Civil Veterinary Dept. Assam report 1927-50 - 1927-1950
Year: 1927
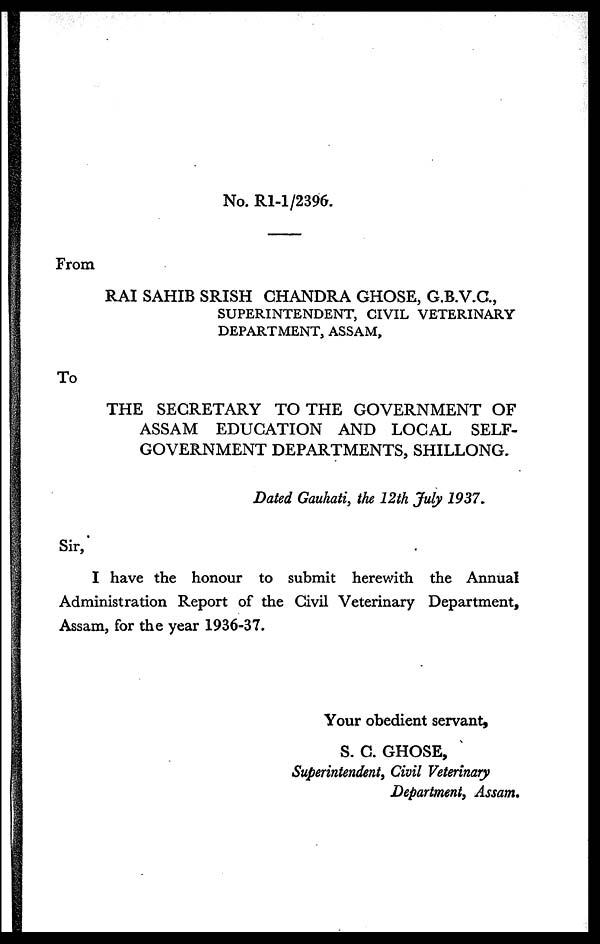
No. R1-1/2396.
From
RAI SAHIB SRISH CHANDRA GHOSE, G.B.V.C.,
SUPERINTENDENT, CIVIL VETERINARY
DEPARTMENT, ASSAM,
To
THE SECRETARY TO THE GOVERNMENT OF
ASSAM EDUCATION AND LOCAL SELF-
GOVERNMENT DEPARTMENTS, SHILLONG.
Dated Gauhati, the 12th July 1937.
Sir,
I have the honour to submit herewith the Annual
Administration Report of the Civil Veterinary Department,
Assam, for the year 1936-37.
Your obedient servant,
S. C. GHOSE,
Superintendent, Civil Veterinary
Department, Assam.